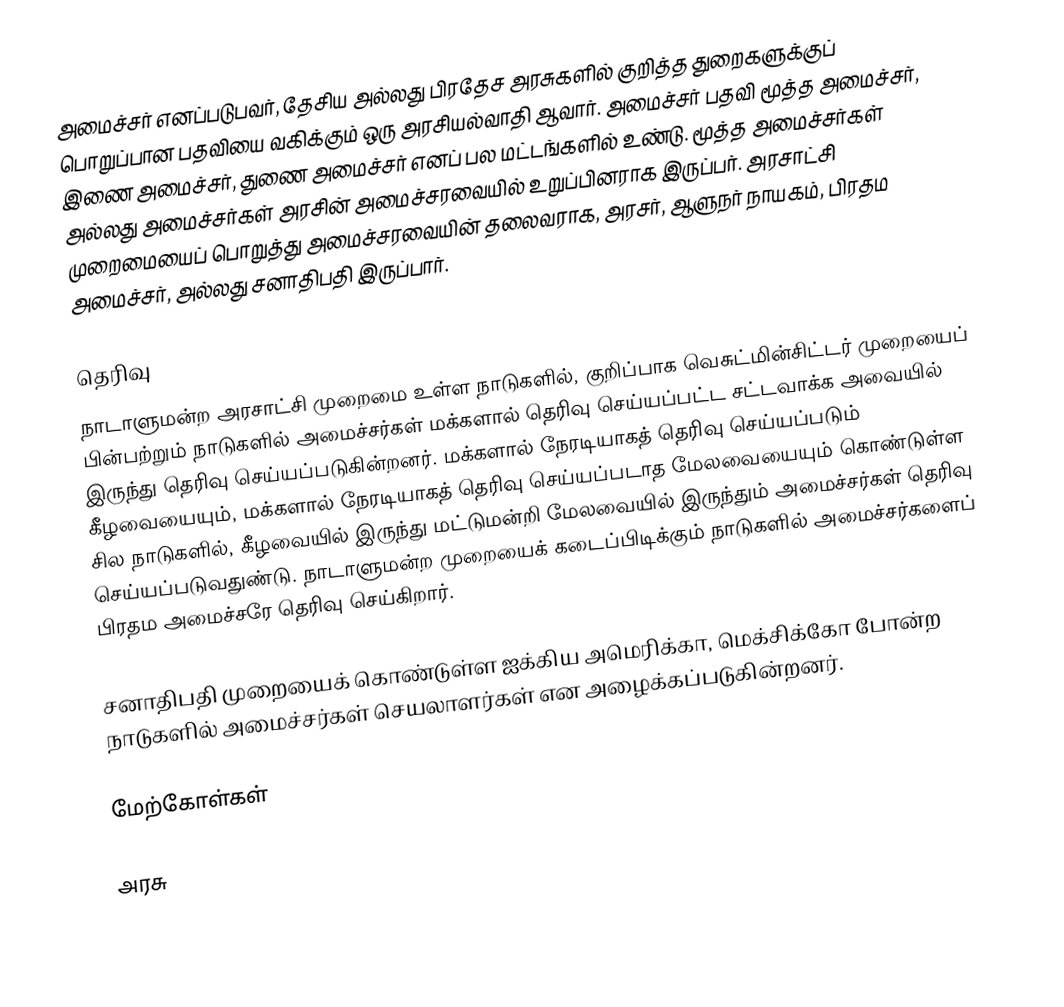
அமைச்சர் எனப்படுபவர், தேசிய அல்லது பிரதேச அரசுகளில் குறித்த துறைகளுக்குப் பொறுப்பான பதவியை வகிக்கும் ஒரு அரசியல்வாதி ஆவார். அமைச்சர் பதவி மூத்த அமைச்சர், இணை அமைச்சர், துணை அமைச்சர் எனப் பல மட்டங்களில் உண்டு. மூத்த அமைச்சர்கள் அல்லது அமைச்சர்கள் அரசின் அமைச்சரவையில் உறுப்பினராக இருப்பர். அரசாட்சி முறைமையைப் பொறுத்து அமைச்சரவையின் தலைவராக, அரசர், ஆளுநர் நாயகம், பிரதம அமைச்சர், அல்லது சனாதிபதி இருப்பார்.

தெரிவு
நாடாளுமன்ற அரசாட்சி முறைமை உள்ள நாடுகளில், குறிப்பாக வெசுட்மின்சிட்டர் முறையைப் பின்பற்றும் நாடுகளில் அமைச்சர்கள் மக்களால் தெரிவு செய்யப்பட்ட சட்டவாக்க அவையில் இருந்து தெரிவு செய்யப்படுகின்றனர். மக்களால் நேரடியாகத் தெரிவு செய்யப்படும் கீழவையையும், மக்களால் நேரடியாகத் தெரிவு செய்யப்படாத மேலவையையும் கொண்டுள்ள சில நாடுகளில், கீழவையில் இருந்து மட்டுமன்றி மேலவையில் இருந்தும் அமைச்சர்கள் தெரிவு செய்யப்படுவதுண்டு. நாடாளுமன்ற முறையைக் கடைப்பிடிக்கும் நாடுகளில் அமைச்சர்களைப் பிரதம அமைச்சரே தெரிவு செய்கிறார்.

சனாதிபதி முறையைக் கொண்டுள்ள ஐக்கிய அமெரிக்கா, மெக்சிக்கோ போன்ற நாடுகளில் அமைச்சர்கள் செயலாளர்கள் என அழைக்கப்படுகின்றனர்.

மேற்கோள்கள்

அரசு
id:Menteri#Menteri di Indonesia